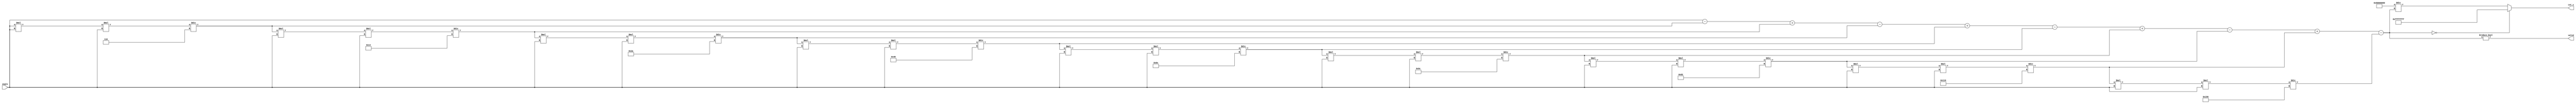
module cotangent (
    input wire [31:0] angle,  // Input angle in radians (fixed-point representation)
    output reg [31:0] cot_x,  // Output cotangent value (fixed-point representation)
    output reg valid           // Output flag for valid computation
);

    reg [31:0] tan_x; // Intermediate variable for tangent value

    // Function to calculate tangent using Taylor series expansion
    function [31:0] tangent;
        input [31:0] x;
        reg [31:0] term;
        reg [31:0] sum;
        integer i;
        begin
            sum = x; // Start with the first term
            term = x; // Initialize term
            for (i = 1; i < 10; i = i + 1) begin // 10 terms for approximation
                term = (term * x * x) / (2 * i * (2 * i + 1)); // Calculate next term
                if (i % 2 == 1) begin
                    sum = sum - term; // Odd terms are subtracted
                end else begin
                    sum = sum + term; // Even terms are added
                end
            end
            tangent = sum; // Return the computed tangent
        end
    endfunction

    // Function to calculate reciprocal
    function [31:0] reciprocal;
        input [31:0] value;
        begin
            if (value == 32'h00000000) begin // Check for division by zero
                reciprocal = 32'hFFFFFFFF; // Return max value to indicate error (infinity)
            end else begin
                reciprocal = (32'h00000001 << 31) / value; // Compute reciprocal
            end
        end
    endfunction

    // Main computation block
    always @(*) begin
        tan_x = tangent(angle); // Calculate tangent
        cot_x = reciprocal(tan_x); // Calculate cotangent
        valid = (tan_x != 32'h00000000); // Set valid flag if tan_x is not zero
    end

endmodule